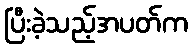
ပြီးခဲ့သည့်အပတ်က